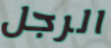
الرجل